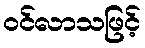
ဝင်လာသဖြင့်